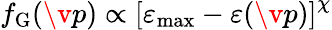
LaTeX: f_{\mathrm{G}}(\v{p})\propto\left[\varepsilon_{\mathrm{max}}-\varepsilon(\v{p})\right]^{\chi}